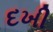
દખી